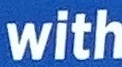
with